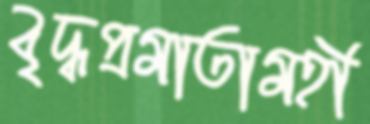
বৃদ্ধপ্রমাতামহী